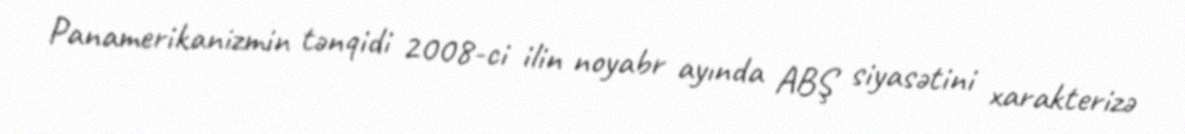
Panamerikanizmin tənqidi 2008-ci ilin noyabr ayında ABŞ siyasətini xarakterizə